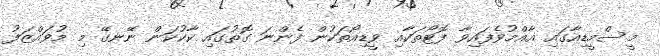
މީސްމީޑިއާގައި އާއްމުވެފައިވާ ފޮޓޯތަކާއި ވީޑިއޯތަކުން ފެންނަ ގޮތުގައި ކާކުކަން ނޭނގޭ މި މުވައްޒަފު